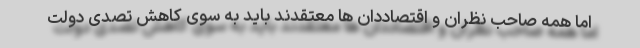
اما همه صاحب نظران و اقتصاددان ها معتقدند باید به سوی کاهش تصدی دولت